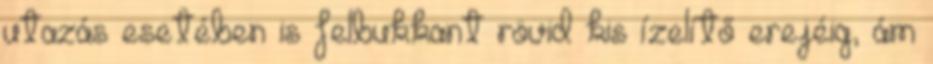
utazás esetében is felbukkant rövid kis ízelítő erejéig, ám